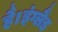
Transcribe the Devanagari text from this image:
है।इंग्लैंड